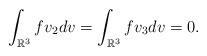
LaTeX: \begin{align*}\int_{\mathbb{R}^3}fv_2dv=\int_{\mathbb{R}^3}fv_3dv=0.\end{align*}